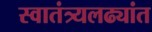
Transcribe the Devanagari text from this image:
स्वातंत्र्यलढ्यांत